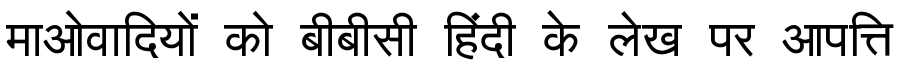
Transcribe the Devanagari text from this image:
माओवादियों को बीबीसी हिंदी के लेख पर आपत्ति